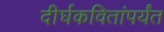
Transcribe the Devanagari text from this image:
दीर्घकवितांपर्यंत